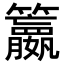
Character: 𥷶